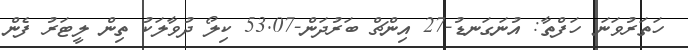
ހަތަރުވަނަ ހަފްތާ: އުނަގަނޑު-27 އިންޗް ބަރުދަން-53.07 ކިލޯ ދުވާލަކު ތިން ލީޓަރު ފެން